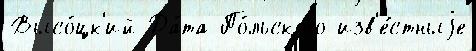
Высо́цк'ий Да́та По́льского изв'е́стныjе